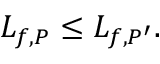
L _ { f , P } \leq L _ { f , P ^ { \prime } } . \,